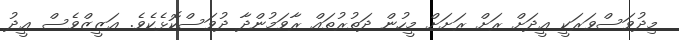
މިދުވަސްވަރަކީ ޢީދަށް ރަށް ރަށަށް މީހުން ދަތުރުތައް ރާވަމުންދާ ދުވަސްކޮޅެކެވެ. ޢަޒީޒްވެސް ޢީދު